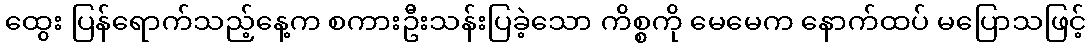
ထွေး ပြန်ရောက်သည့်နေ့က စကားဦးသန်းပြခဲ့သော ကိစ္စကို မေမေက နောက်ထပ် မပြောသဖြင့်